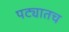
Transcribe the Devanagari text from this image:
पट्यातच